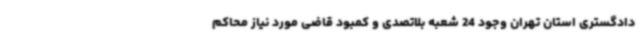
دادگستری استان تهران وجود 24 شعبه بلاتصدی و کمبود قاضی مورد نیاز محاکم